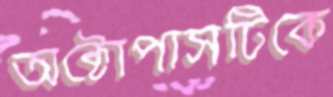
অক্টোপাসটিকে